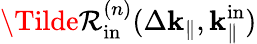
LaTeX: \Tilde{\mathcal{R}}_{\mathrm{{in}}}^{(n)}(\Delta\mathbf{{k}}_{\parallel},\mathbf{{k}}_{\parallel}^{\mathrm{{in}}})